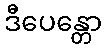
ဒီပေန္တော